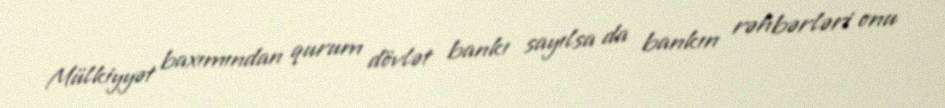
Mülkiyyət baxımından qurum dövlət bankı sayılsa da bankın rəhbərləri onu